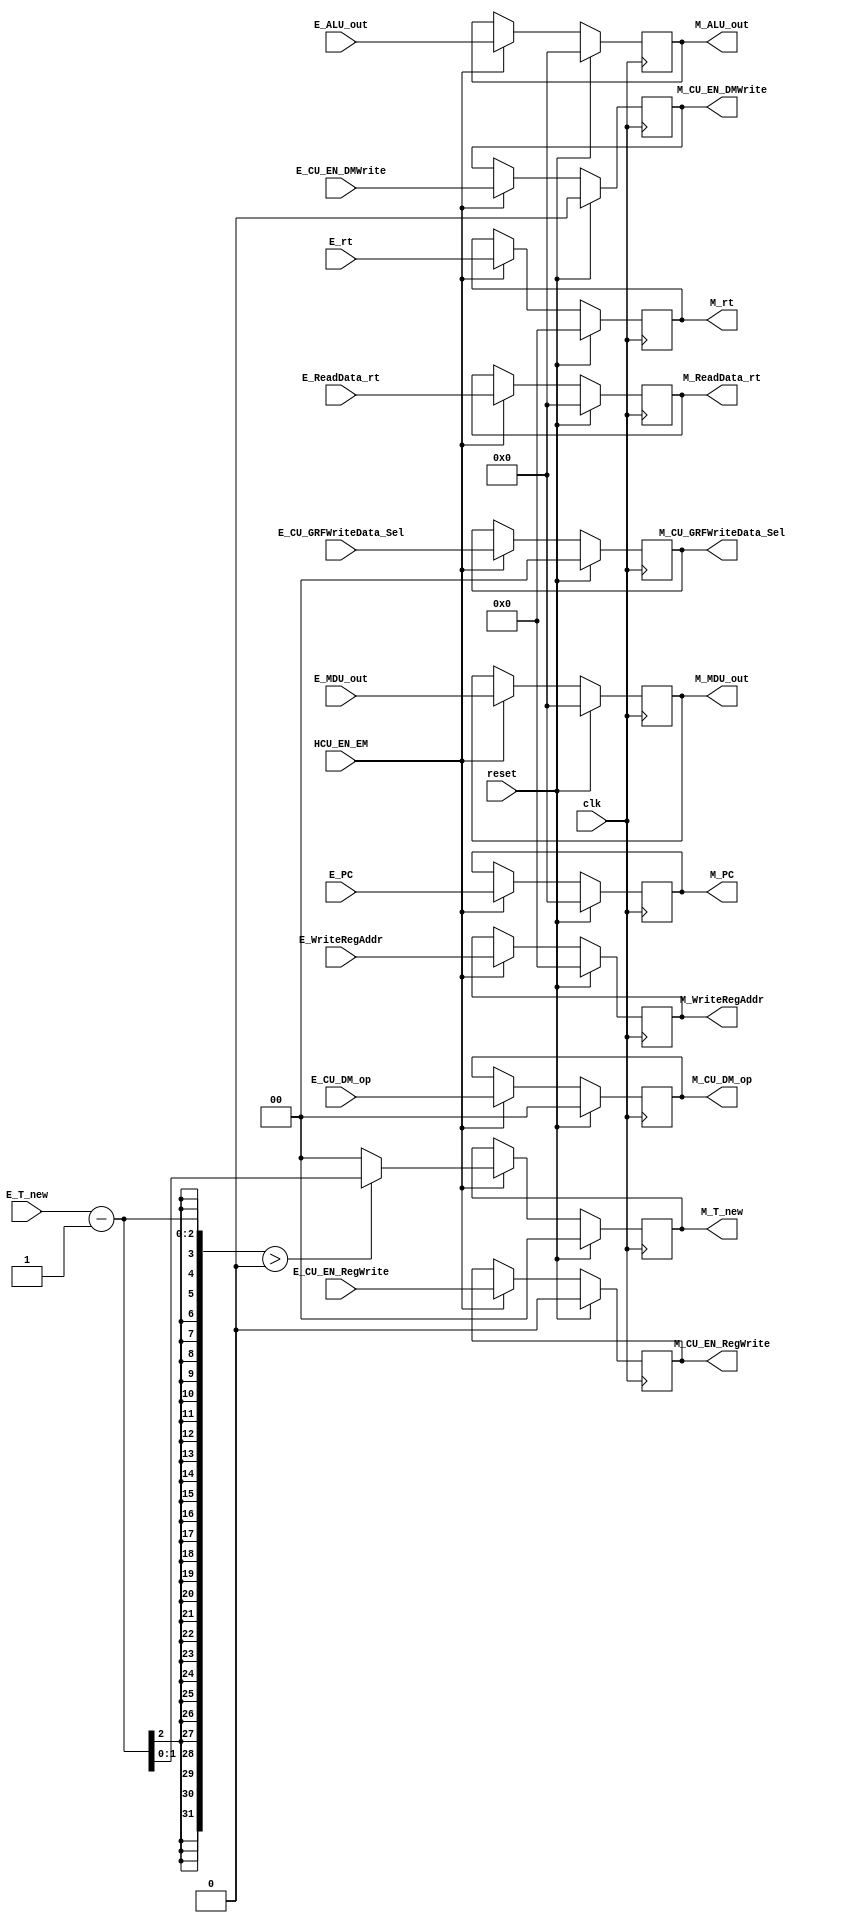
`timescale 1ns / 1ps
//-------------------------------------------------------------------------------------------


//--------------------------------------------------------------------------------------------------------
module E_M (
    input clk,
    input reset,
    input HCU_EN_EM,
    input [31:0] E_ReadData_rt,
    input [4:0] E_rt,
    input [4:0] E_WriteRegAddr,
    input [31:0] E_ALU_out,
    input [31:0] E_PC,
    input [1:0] E_CU_DM_op,
    input E_CU_EN_RegWrite,
    input E_CU_EN_DMWrite,
    input [1:0] E_CU_GRFWriteData_Sel,
    input [1:0] E_T_new,
    input [31:0] E_MDU_out,

    output reg [31:0] M_ReadData_rt,
    output reg [4:0] M_rt,
    output reg [4:0] M_WriteRegAddr,
    output reg [31:0] M_ALU_out,
    output reg [31:0] M_PC,
    output reg [1:0] M_CU_DM_op,
    output reg M_CU_EN_RegWrite,
    output reg M_CU_EN_DMWrite,
    output reg [1:0] M_CU_GRFWriteData_Sel,
    output reg [1:0] M_T_new,
    output reg [31:0] M_MDU_out
    );
//----------------------------------------------------------------------------------------------------
    

//M_reg-------------------------------------------------------------------------------------------
    always @(posedge clk) begin
        if (reset) begin
            M_ReadData_rt <= 32'H0000_0000;
            M_rt <= 5'b00000;
            M_WriteRegAddr <= 5'b00000;
            M_ALU_out <= 32'H0000_0000;
            M_PC <= 32'H0000_0000;
            M_CU_DM_op <= 2'b00;
            M_CU_EN_RegWrite <= 1'b0;
            M_CU_EN_DMWrite <= 1'b0;
            M_CU_GRFWriteData_Sel <= 2'b00;
            M_T_new <= 2'b00;
            M_MDU_out <= 32'H0000_0000;
        end
        else begin
            if (HCU_EN_EM) begin
                M_ReadData_rt <= E_ReadData_rt;
                M_rt <= E_rt;
                M_WriteRegAddr <= E_WriteRegAddr;
                M_ALU_out <= E_ALU_out;
                M_PC <= E_PC;
                M_CU_DM_op <= E_CU_DM_op;
                M_CU_EN_RegWrite <= E_CU_EN_RegWrite;
                M_CU_EN_DMWrite <= E_CU_EN_DMWrite;
                M_CU_GRFWriteData_Sel <= E_CU_GRFWriteData_Sel;
                M_T_new <= (E_T_new - 1 > 0) ? (E_T_new - 1) : 0;                
                M_MDU_out <= E_MDU_out;
            end
        end
    end
//--------------------------------------------------------------------------------------------------


endmodule